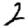
Digit: 2